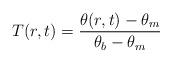
LaTeX: \begin{align*}T(r,t)=\dfrac{\theta(r,t)-\theta_m}{\theta_b-\theta_m}\end{align*}